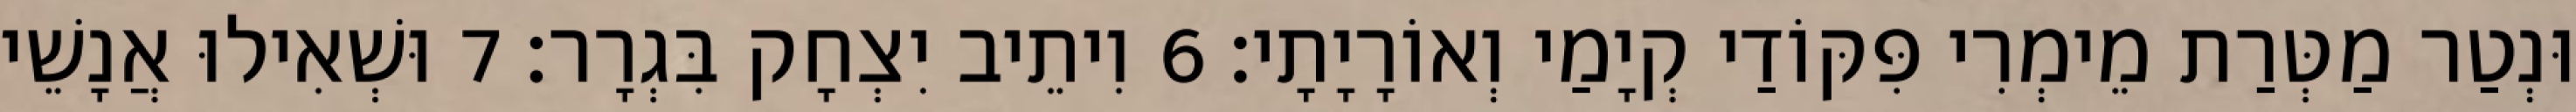
וּנְטַר מַטְּרַת מֵימְרִי פִּקּוֹדַי קְיָמַי וְאוֹרָיָתָי׃ 6 וִיתֵיב יִצְחָק בִּגְרָר׃ 7 וּשְׁאִילוּ אֲנָשֵׁי